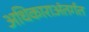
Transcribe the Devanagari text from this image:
अधिकाराअंतर्गत